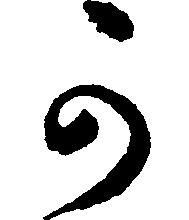
可